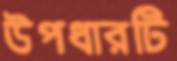
উপধারটি